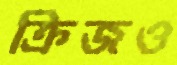
ক্রিজও